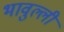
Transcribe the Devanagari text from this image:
भावुल्ली